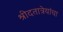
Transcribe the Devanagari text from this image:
श्रीदतात्रेयांचा